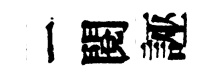
一閱誣